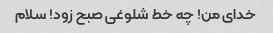
خدای من! چه خط شلوغی صبح زود! سلام